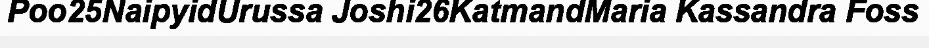
Poo25NaipyidUrussa Joshi26KatmandMaria Kassandra Foss